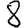
Digit: 6